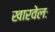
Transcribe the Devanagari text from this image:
खारवेलः